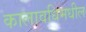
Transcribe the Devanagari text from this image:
कालावधिमधील